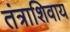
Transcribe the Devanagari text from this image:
तंत्राशिवाय